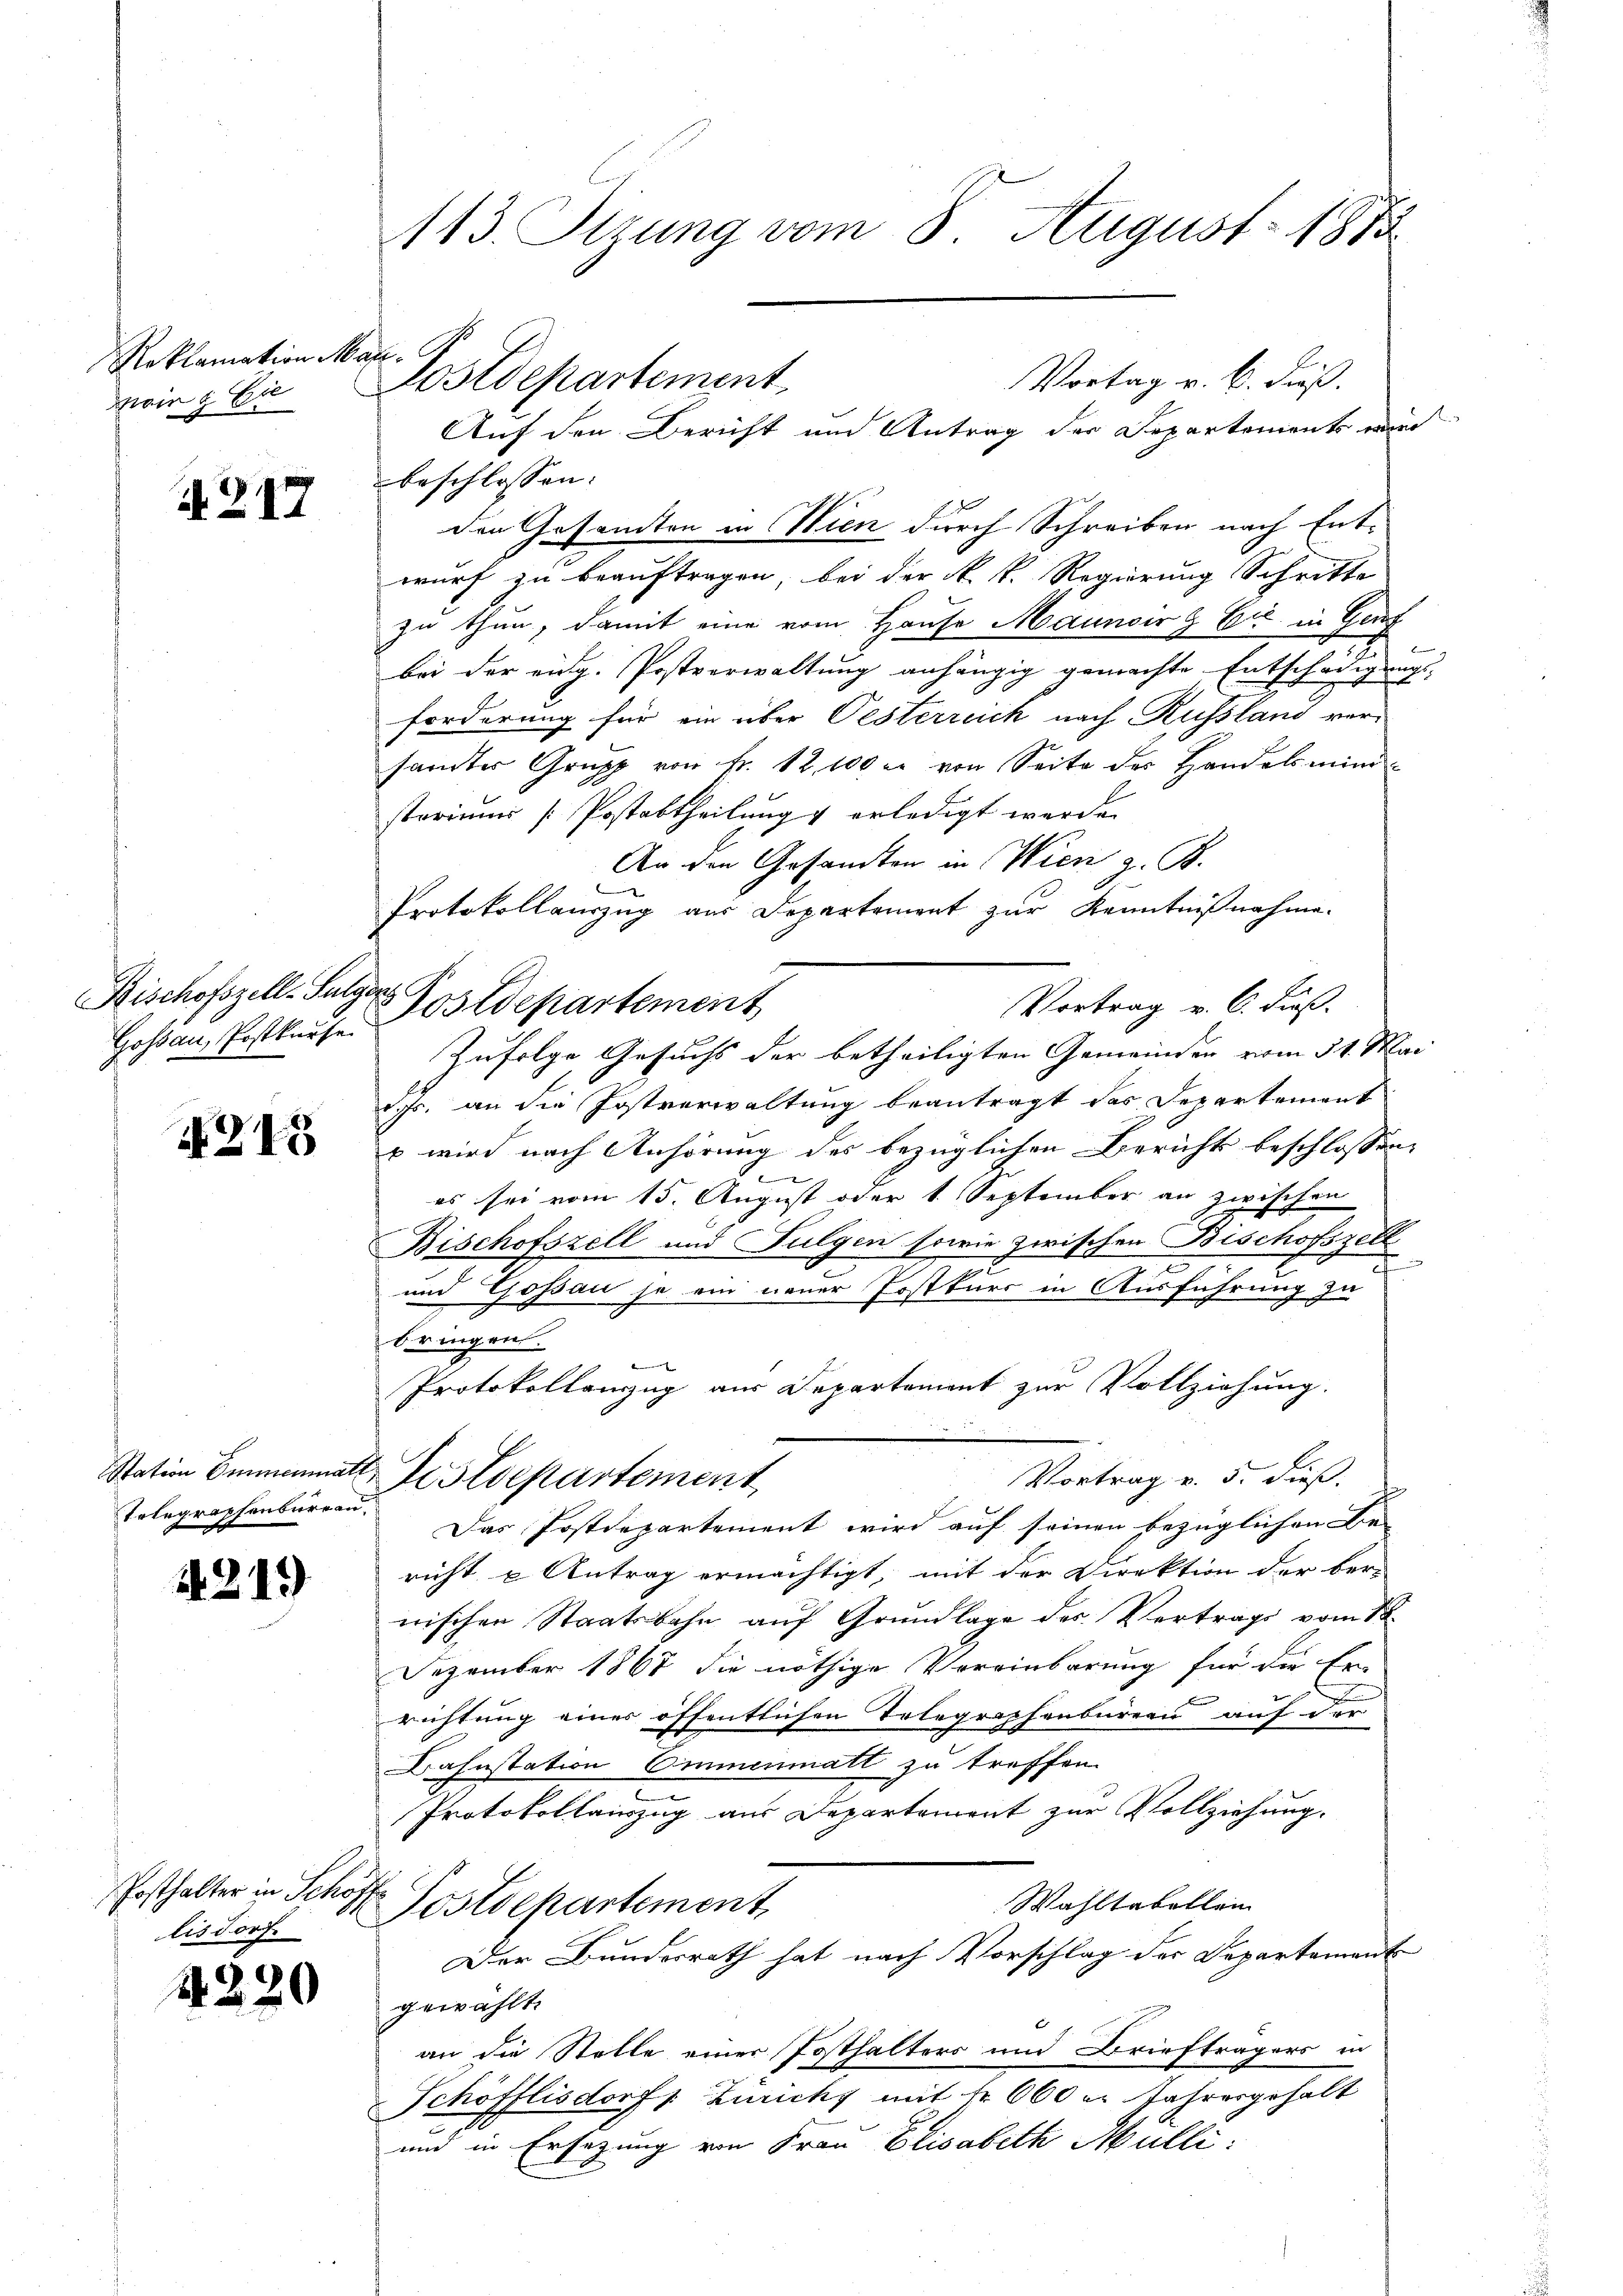
Reklamation Mar. C.

d. 217

Gossau, Postkurse

N 245

Station Emmenmatt
Erlegraphenburgau.

2219

lisdorf.

4220

113. Sizung vom 8. August 1885

Auf den Bericht und Antrag der Departements von
beschlossen:
den Gesandten in Wien durch Schreiben nach Entwurf zu beauftragen, bei der k. k. Regierung Schritte
zu thun, damit eine vom Hause Maunoer & Cie in Gens
7
bei der eidg. Postverwaltung anhängig gemachte Entschädigung
forderung für ein über Pesterrich nach Russland versanter Grupp von Fr. 12, 100 l. von Seite des Handelsministerium [Postabtheilung & erledigt werde.
An den Gesandten in Wien z. B.
Protokollauszug aus Departement zur Kenntnißnahme.
Vortrag v. 6. Fuß.
Zufolge Gesuchs der betheiligten Gemeinden vom 31. Ma
d. Js. an die Postverwaltung beantragt das Departement
x wird nach Anhörung des bezüglichen Berichts beschlossen
es sei vom 15. August oder 1. September an zwischen
Bischofszell und Fulgen sowie zwischen Bischofszell
7
e
und Gossau je ein neuer Postkurs in Ausführung zu
bringen.
Protokollanzug aus Departement zur Vollziehung.
Vortrag v. 5. dieß.
& Postdepartement
Das Postdepartement wird auf seinen bezüglichen Be-
richt u Antrag ermächtigt, mit der Direktion der ber-
nischen Staatsbahn auf Grundlage des Vertrags vom 18.
Dezember 1868 die nöthige Vereinbarung für die Er-
richtung eines öffentlichen Telegraphenbüreau auf der
Bahnstation Emmenmatt zu treffen.
Protokollauszug aus Departement zur Vollziehung.
Posthalter in Schöffen Postdepartement,
Wahltabellen
Der Bundesrath hat nach Vorschlag der Departement
gewählt.
an die Stelle einer Posthalters und Briefträgers in
Schöfflisdorf: Zuricht mit fr. 660 er Jahresgehalt
und in Ersezung von Frau Elisabeth Mulli:

wir 1 Ei Postdepartement

Bischofszell-Sulzer Postdepartement

Vortag v. 6. dieß.